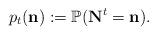
LaTeX: \begin{align*}p_t(\mathbf{n}) := \mathbb{P}( \mathbf{N}^t = \mathbf{n}).\end{align*}